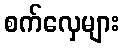
စက်လှေများ